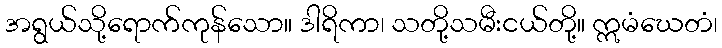
အရွယ်သို့ရောက်ကုန်သော။ ဒါရိကာ၊ သတို့သမီးငယ်တို့။ ဣမံဃေတံ၊